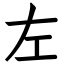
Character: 左